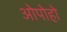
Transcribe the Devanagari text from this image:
ओपोहो